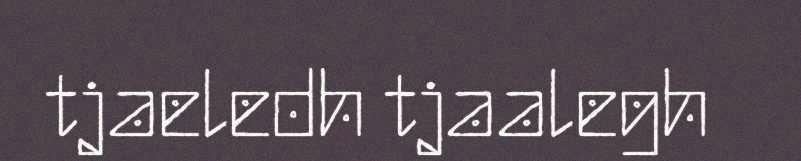
tjaeledh tjaalegh